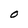
Character: O